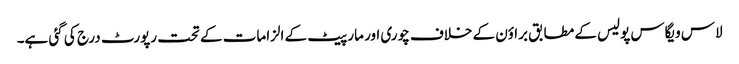
لاس ویگاس پولیس کے مطابق براؤن کے خلاف چوری اور مار پیٹ کے الزامات کے تحت رپورٹ درج کی گئی ہے۔